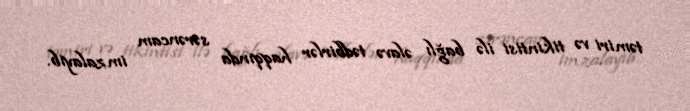
təmiri və tikintisi ilə bağlı əlavə tədbirlər haqqında sərəncam imzalayıb.